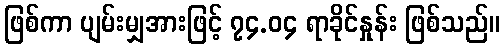
ဖြစ်ကာ ပျမ်းမျှအားဖြင့် ၇၄.၀၄ ရာခိုင်နှုန်း ဖြစ်သည်။